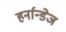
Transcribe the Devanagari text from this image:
हर्नान्डेज